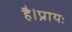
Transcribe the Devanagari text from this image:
है।प्रायः